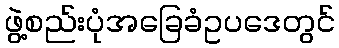
ဖွဲ့စည်းပုံအခြေခံဥပဒေတွင်